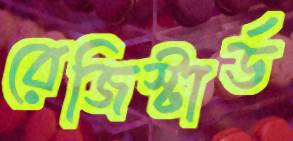
রেজিস্টার্ড